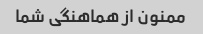
ممنون از هماهنگى شما